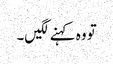
تو وہ کہنے لگیں۔